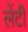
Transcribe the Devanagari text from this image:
लेंटी